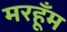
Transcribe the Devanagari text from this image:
मरहूँम